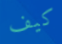
كيف